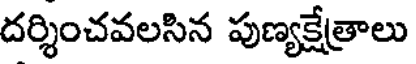
దర్శించవలసిన పుణ్యక్షేత్రాలు